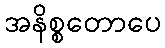
အနိစ္စတောပေ